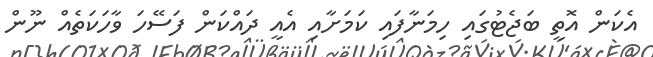
އެކަން އޮތީ ބަޖެޓުގައި ހިމަނާފައި ކަމަށާއި އެއީ ދައްކަން ފަސޭހަ ވާހަކަތެއް ނޫން